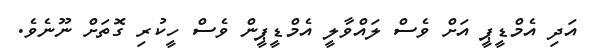
އަދި އެމްޑީޕީ އަށް ވެސް ލައްވާލީ އެމްޑީޕީން ވެސް ހީކުރި ގޮތަށް ނޫނެވެ.